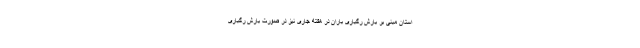
استان مبنی بر بارش رگباری باران در هفته جاری نیز در صورت بارش رگباری